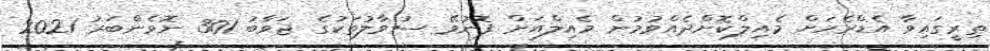
ތިރީގައިވާ އެޑްރެހަށް މެއިލްކޮށްދެއްވުމުން މެއިލްއަށް ފޮނުވޭ ސުވާލުތަކުގެ ޖަވާބު 301 ނޮވެންބަރު 2021